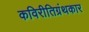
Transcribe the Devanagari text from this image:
कविरीतिग्रंथकार